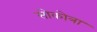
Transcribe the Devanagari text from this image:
सोकोत्रा